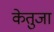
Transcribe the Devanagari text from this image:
केतुजा